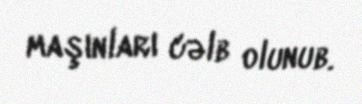
maşınları cəlb olunub.